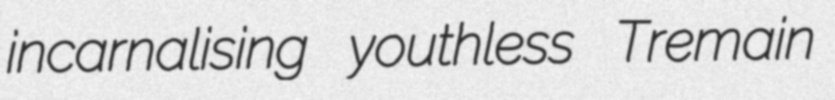
incarnalising youthless Tremain